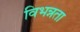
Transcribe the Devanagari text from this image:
विभन्नता